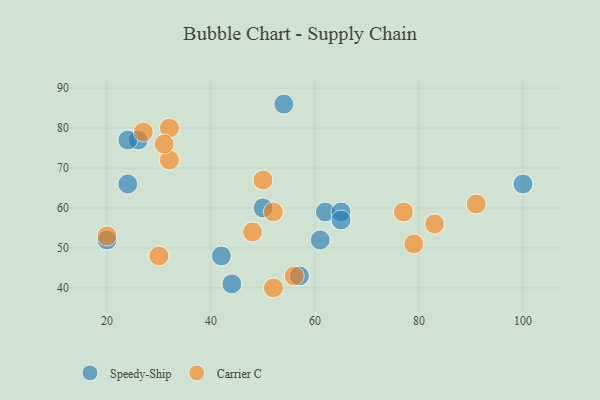
{"axis": {"x": "GDP", "y": "Life Expectancy"}, "legend": ["Carrier C", "Speedy-Ship"], "data": [{"x": "26", "y": 77, "type": "Speedy-Ship"}, {"x": "57", "y": 43, "type": "Speedy-Ship"}, {"x": "54", "y": 86, "type": "Speedy-Ship"}, {"x": "61", "y": 52, "type": "Speedy-Ship"}, {"x": "62", "y": 59, "type": "Speedy-Ship"}, {"x": "65", "y": 59, "type": "Speedy-Ship"}, {"x": "42", "y": 48, "type": "Speedy-Ship"}, {"x": "100", "y": 66, "type": "Speedy-Ship"}, {"x": "20", "y": 52, "type": "Speedy-Ship"}, {"x": "24", "y": 77, "type": "Speedy-Ship"}, {"x": "65", "y": 57, "type": "Speedy-Ship"}, {"x": "24", "y": 66, "type": "Speedy-Ship"}, {"x": "50", "y": 60, "type": "Speedy-Ship"}, {"x": "44", "y": 41, "type": "Speedy-Ship"}, {"x": "50", "y": 67, "type": "Carrier C"}, {"x": "91", "y": 61, "type": "Carrier C"}, {"x": "27", "y": 79, "type": "Carrier C"}, {"x": "56", "y": 43, "type": "Carrier C"}, {"x": "77", "y": 59, "type": "Carrier C"}, {"x": "32", "y": 72, "type": "Carrier C"}, {"x": "32", "y": 80, "type": "Carrier C"}, {"x": "48", "y": 54, "type": "Carrier C"}, {"x": "83", "y": 56, "type": "Carrier C"}, {"x": "30", "y": 48, "type": "Carrier C"}, {"x": "20", "y": 53, "type": "Carrier C"}, {"x": "31", "y": 76, "type": "Carrier C"}, {"x": "52", "y": 40, "type": "Carrier C"}, {"x": "52", "y": 59, "type": "Carrier C"}, {"x": "79", "y": 51, "type": "Carrier C"}]}